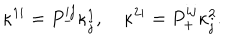
LaTeX: \kappa ^ { 1 i } = P _ { - } ^ { i j } \kappa _ { j } ^ { 1 } , \quad \kappa ^ { 2 i } = P _ { + } ^ { i j } \kappa _ { j } ^ { 2 } .